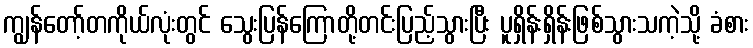
ကျွန်တော့်တကိုယ်လုံးတွင် သွေးပြန်ကြောတို့တင်းပြည့်သွားပြီး ပူရှိန်းရှိန်းဖြစ်သွားသကဲ့သို့ ခံစား